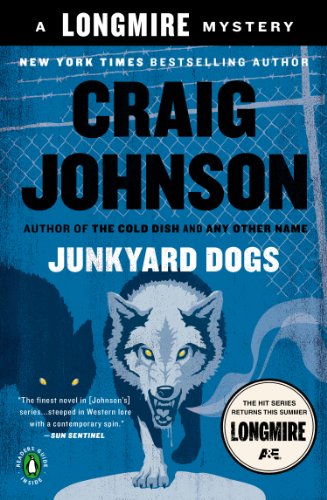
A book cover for Junkyard Dogs: A Walt Longmire Mystery (A Longmire Mystery); Craig Johnson; Mystery, Thriller & Suspense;